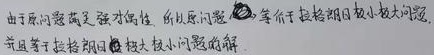
由于原问题满足强对偶性，所以原问题\(\textcircled{2}\)等价于拉格朗日极小极大问题，并且等于拉格朗日\(\textcircled{3}\)极大极小问题的解